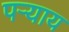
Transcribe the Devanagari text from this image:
पऱ्याय